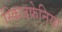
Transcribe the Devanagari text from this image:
स्किजफ्रेनिया